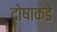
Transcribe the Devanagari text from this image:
दोषाकडे